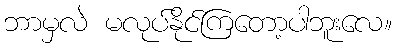
ဘာမှလဲ မလုပ်နိုင်ကြတော့ပါဘူးလေ။